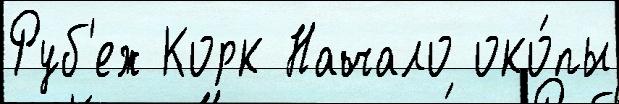
Руб'еж Корк Начало око́пы